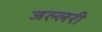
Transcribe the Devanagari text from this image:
जल्लरी